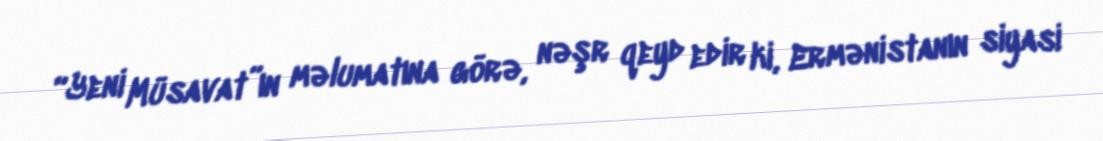
“Yeni Müsavat”ın məlumatına görə, nəşr qeyd edir ki, Ermənistanın siyasi